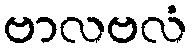
ဗာလဗလံ